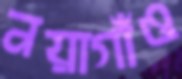
নয়াগাঁও